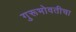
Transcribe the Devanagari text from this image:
गुरूभोवतीचा